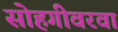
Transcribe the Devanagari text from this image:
सोहगीवरवा